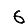
Digit: 6